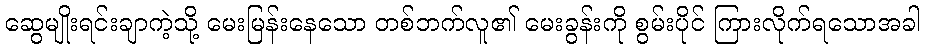
ဆွေမျိုးရင်းချာကဲ့သို့ မေးမြန်းနေသော တစ်ဘက်လူ၏ မေးခွန်းကို စွမ်းပိုင် ကြားလိုက်ရသောအခါ